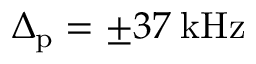
\Delta _ { \mathrm { p } } = \pm 3 7 \: \mathrm { k H z }